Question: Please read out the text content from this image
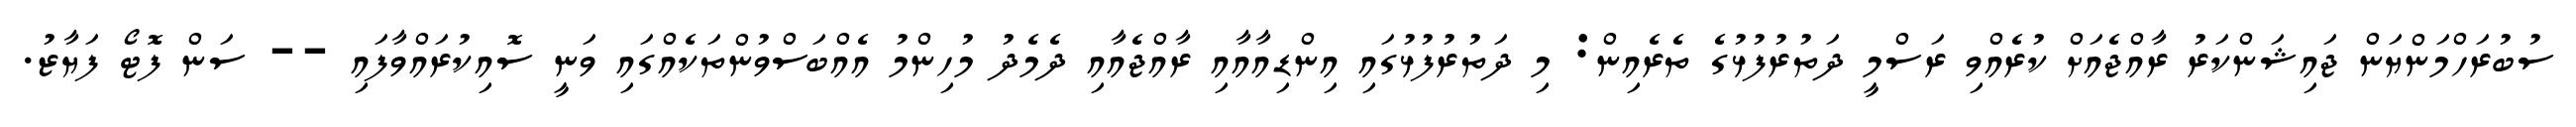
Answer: ސުބުރަހްމަންޔަން ޖައިޝަންކަރު ރާއްޖެއަށް ކުރެއްވި ރަސްމީ ދަތުރުފުޅުގެ ތެރެއިން: މި ދަތުރުފުޅުގައި އިންޑިއާއާއި ރާއްޖެއާއި ދެމެދު މުހިންމު އެއްބަސްވުންތަކެއްގައި ވަނީ ސޮއިކުރައްވާފައި -- ސަން ފޮޓޯ ފަޔާޒު.